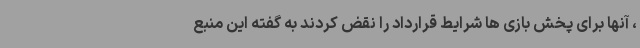
، آنها برای پخش بازی ها شرایط قرارداد را نقض کردند به گفته این منبع